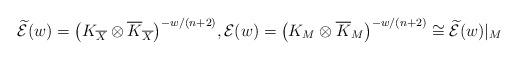
LaTeX: \begin{gather*}\widetilde{\mathcal{E}}(w)=\big(K_{\overline X}\otimes\overline{K}_{\overline X}\big)^{-w/(n+2)}, \mathcal{E}(w)=\big(K_M\otimes\overline{K}_M\big)^{-w/(n+2)}\cong\widetilde{\mathcal{E}}(w)|_M\end{gather*}